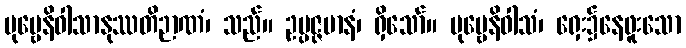
ပုဗ္ဗေနိဝါသာနုဿတိဉာဏံ၊ သည်။ ဥပ္ပဇ္ဇမာနံ၊ ရှိသော်။ ပုဗ္ဗေနိဝါသံ၊ ရှေး၌နေဖူးသော